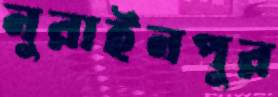
নুরাইনপুর